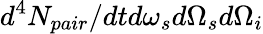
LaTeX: d^{4}N_{pair}/dtd\omega_{s}d\Omega_{s}d\Omega_{i}